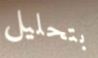
بتحليل